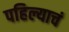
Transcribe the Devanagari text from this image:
पहिल्याचं